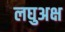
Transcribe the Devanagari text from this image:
लघुअक्ष